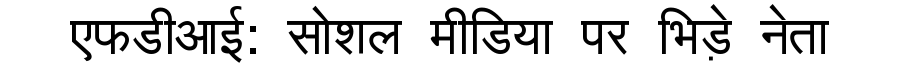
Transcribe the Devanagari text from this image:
एफडीआई: सोशल मीडिया पर भिड़े नेता